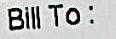
BILL TO: